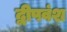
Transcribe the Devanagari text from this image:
द्वीपवंश